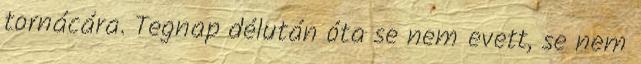
tornácára. Tegnap délután óta se nem evett, se nem